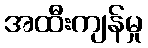
အထီးကျန်မှု